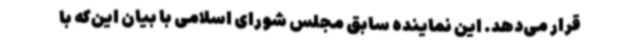
قرار می‌دهد. این نماینده سابق مجلس شورای اسلامی با بیان این‌که با